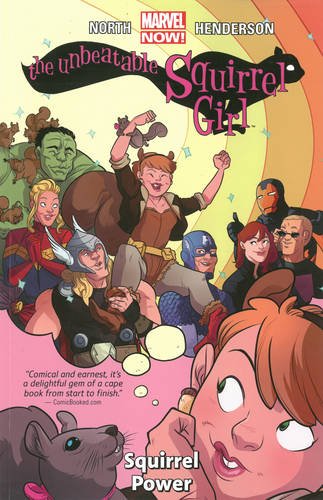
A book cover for The Unbeatable Squirrel Girl Vol. 1: Squirrel Power; Ryan North; Comics & Graphic Novels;